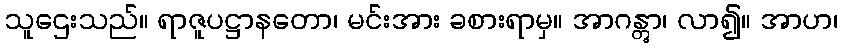
သူဌေးသည်။ ရာဇူပဋ္ဌာနတော၊ မင်းအား ခစားရာမှ။ အာဂန္တွာ၊ လာ၍။ အာဟ၊